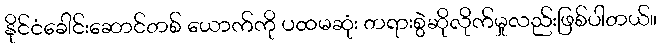
နိုင်ငံခေါင်းဆောင်တစ် ယောက်ကို ပထမဆုံး တရားစွဲဆိုလိုက်မှုလည်းဖြစ်ပါတယ်။